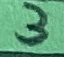
Text: 3